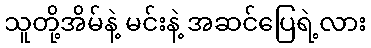
သူတို့အိမ်နဲ့ မင်းနဲ့ အဆင်ပြေရဲ့လား